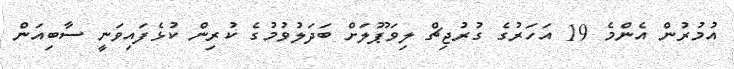
އުމުރުން އެންމެ 19 އަހަރުގެ ގުރުޖިޗް ލިވަޕޫލަށް ބަދަލުވުމުގެ ކުރިން ކުޅެފައިވަނީ ސާބިއަން